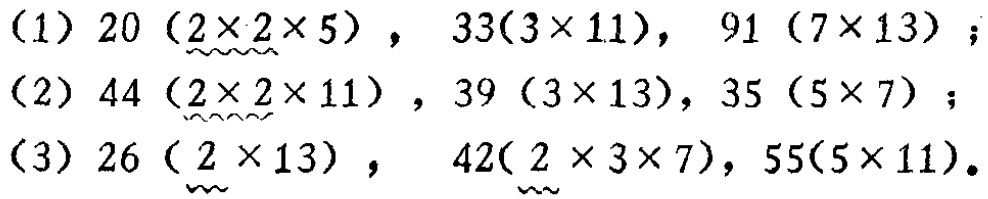
（1）$20\ (\underline{2\times 2}\times 5)$，$33(3\times 11)$，$91\ (7\times 13)$；

（2）$44\ (\underline{2\times 2}\times 11)$，$39\ (3\times 13)$，$35\ (5\times 7)$；

（3）$26\ (\underline{2\times 13})$，$42(\underline{ 2\times 3\times 7})$，$55(5\times 11)$。